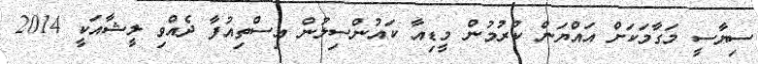
ސިޔާސީ މަގާމަކަށް އައްޔަން ކުރުމުން މީޑިއާ ކައުންސިލުން އިސްތިއުފާ ދެއްވި ލީޝާއަކީ 2014